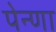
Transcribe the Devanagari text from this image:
पेन्णा